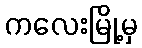
ကလေးမြို့မှ